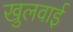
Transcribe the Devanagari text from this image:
खुलवाई